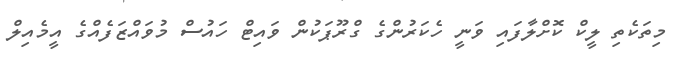
މިތަކެތި ލީކް ކޮށްލާފައި ވަނީ ހެކަރުންގެ ގްރޫޕަކުން ވައިޓް ހައުސް މުވައްޒަފެއްގެ އީމެއިލް